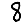
Digit: 8